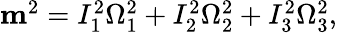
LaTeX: \begin{array}{r}{{\mathbf m}^{2}=I_{1}^{2}\Omega_{1}^{2}+I_{2}^{2}\Omega_{2}^{2}+I_{3}^{2}\Omega_{3}^{2},}\end{array}